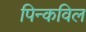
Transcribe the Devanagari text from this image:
पिन्कविल